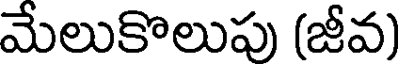
మేలుకొలుపు (జీవ)